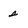
Character: s